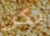
يكن